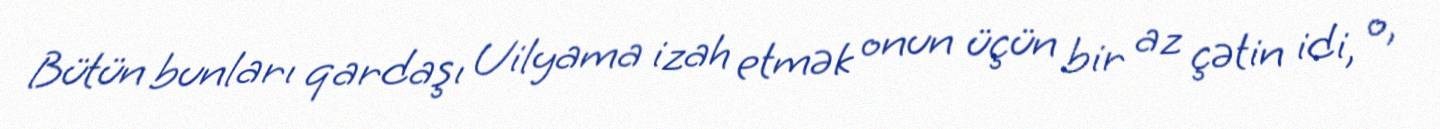
Bütün bunları qardaşı Uilyama izah etmək onun üçün bir az çətin idi, o,